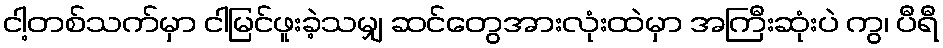
ငါ့တစ်သက်မှာ ငါမြင်ဖူးခဲ့သမျှ ဆင်တွေအားလုံးထဲမှာ အကြီးဆုံးပဲ ကွ၊ ပီရီ